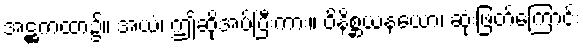
အဋ္ဌကထာ၌။ အယံ၊ ဤဆိုအပ်ပြီးကား။ ဝိနိစ္ဆယနယော၊ ဆုံးဖြတ်ကြောင်း